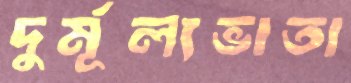
দুর্মূল্যভাতা